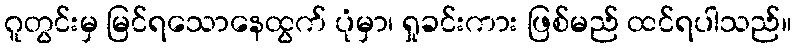
ဂူတွင်းမှ မြင်ရသောနေထွက် ပုံမှာ၊ ရှုခင်းကား ဖြစ်မည် ထင်ရပါသည်။